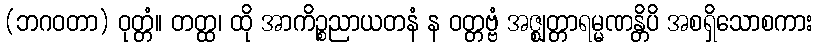
(ဘဂဝတာ) ဝုတ္တံ။ တတ္ထ၊ ထို အာကိဉ္စညာယတနံ န ဝတ္တဗ္ဗံ အဇ္ဈတ္တာရမ္မဏန္တိပိ အစရှိသောစကား